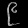
Digit: ၉